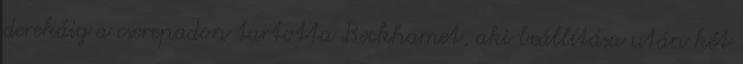
derekáig a cserepadon tartotta Beckhamet, aki beállítása után két